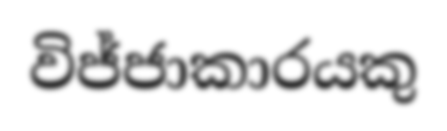
විජ්ජාකාරයකු